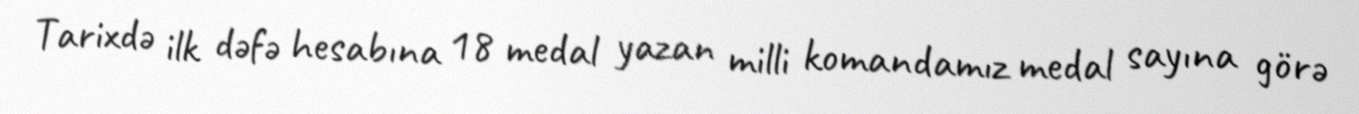
Tarixdə ilk dəfə hesabına 18 medal yazan milli komandamız medal sayına görə